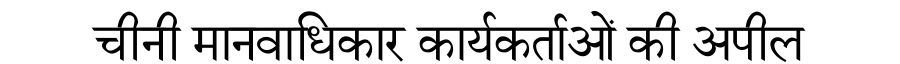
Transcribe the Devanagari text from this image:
चीनी मानवाधिकार कार्यकर्ताओं की अपील